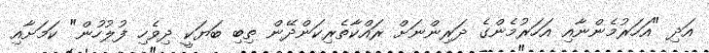
އަދި "އަހަރުމެންނާއި އަހަރުމެންގެ ދަރިންނަށް ރައްކާތެރިކަންދޭން ތިބި ބަޔަކީ ދިވެހި ފުލުހުން" ކަމަށާއި